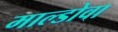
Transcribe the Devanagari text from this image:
माल्डोवा